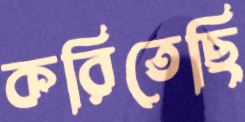
করিতেছি